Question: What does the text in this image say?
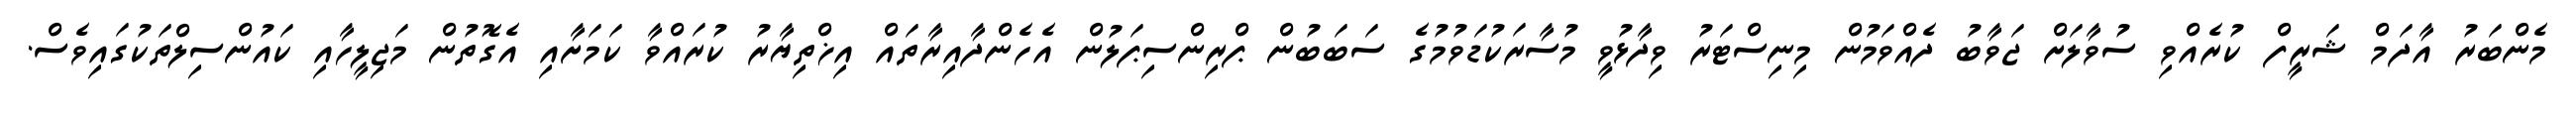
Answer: މެންބަރު އާދަމް ޝަރީފް ކުރެއްވި ސުވާލަށް ޖަވާބު ދެއްވަމުން މިނިސްޓަރު ވިދާޅުވީ މުސާރަކުޑަވުމުގެ ސަބަބުން ޕްރިންސިޕަލުން އެހެންދާއިރާތައް އިޚްތިޔާރު ކުރައްވާ ކަމަށާއި އެގޮތުން މަޖިލީހާއި ކައުންސިލްތަކުގައިވެސް.